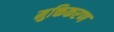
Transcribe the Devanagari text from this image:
मुक्तिकरण